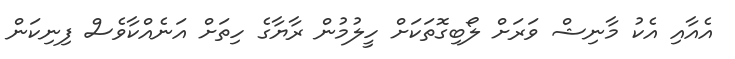
އެއާއި އެކު މާނިޝް ވަރަށް ލޯބިގޮތަކަށް ހީލުމުން ރާޔާގެ ހިތަށް އަނެއްކާވެސް ފިނިކަން